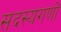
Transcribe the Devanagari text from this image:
सदस्यगणों